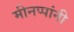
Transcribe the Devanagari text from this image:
मीनप्पांनी